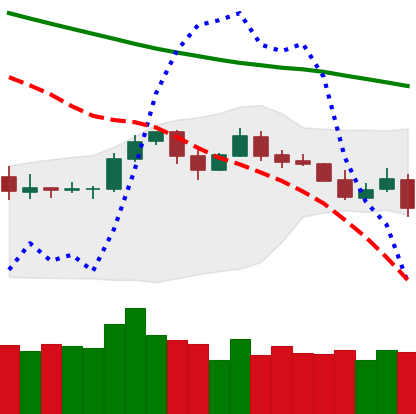
Ticker: LTC-USD
Chart end date: 2019-11-18
Forward return: -14.251%
Label: down_7plus